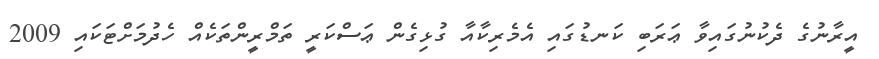
އީރާނުގެ ދެކުނުގައިވާ ޢަރަބި ކަނޑުގައި އެމެރިކާއާ ގުޅިގެން ޢަސްކަރީ ތަމްރީންތަކެއް ހެދުމަށްޓަކައި 2009